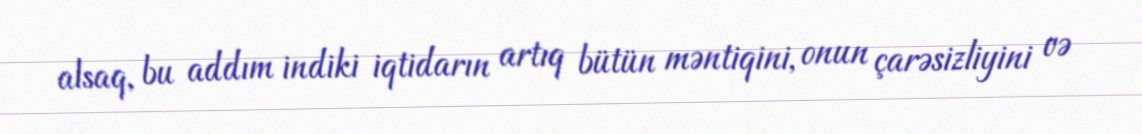
alsaq, bu addım indiki iqtidarın artıq bütün məntiqini, onun çarəsizliyini və